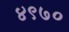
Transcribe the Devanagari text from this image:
४९७०